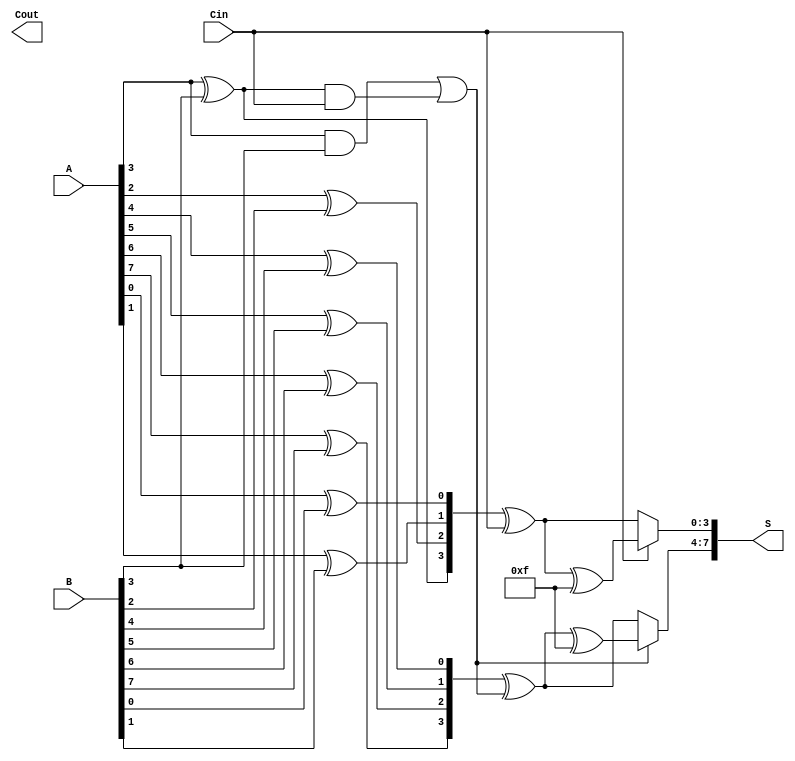
module CSPA #(parameter N = 8, // Total bit width
               parameter BLOCK_SIZE = 4) // Block size
(
    input  [N-1:0] A,    // First operand
    input  [N-1:0] B,    // Second operand
    input         Cin,    // Carry in
    output [N-1:0] S,     // Sum output
    output        Cout     // Carry out
);

    localparam NUM_BLOCKS = N / BLOCK_SIZE; // Number of blocks
    wire [BLOCK_SIZE-1:0] P[NUM_BLOCKS-1:0]; // Propagate signals
    wire [BLOCK_SIZE-1:0] G[NUM_BLOCKS-1:0]; // Generate signals
    wire [NUM_BLOCKS:0] C; // Carry signals

    // Generate P and G for each block
    genvar i, j;
    generate
        for (i = 0; i < NUM_BLOCKS; i = i + 1) begin : blocks
            for (j = 0; j < BLOCK_SIZE; j = j + 1) begin : block_bits
                if (j < BLOCK_SIZE) begin
                    assign P[i][j] = A[BLOCK_SIZE*i + j] ^ B[BLOCK_SIZE*i + j];
                    assign G[i][j] = A[BLOCK_SIZE*i + j] & B[BLOCK_SIZE*i + j];
                end
            end
            // Carry generation for current block
            if (i == 0) begin
                assign C[0] = Cin;
            end else begin
                assign C[i] = G[i-1][BLOCK_SIZE-1] | (P[i-1][BLOCK_SIZE-1] & C[i-1]);
            end
        end
    endgenerate

    // Calculate partial sums based on carry
    wire [BLOCK_SIZE-1:0] S0[NUM_BLOCKS-1:0]; // Sums when Cin = 0
    wire [BLOCK_SIZE-1:0] S1[NUM_BLOCKS-1:0]; // Sums when Cin = 1

    generate
        for (i = 0; i < NUM_BLOCKS; i = i + 1) begin : sum_blocks
            assign S0[i] = P[i] ^ C[i]; // Sum when Cin = 0
            assign S1[i] = S0[i] ^ {BLOCK_SIZE{1'b1}}; // Sum when Cin = 1
        end
    endgenerate

    // Select the correct sum based on carry
    generate
        for (i = 0; i < NUM_BLOCKS; i = i + 1) begin : select_sums
            if (i == 0) begin
                assign S[BLOCK_SIZE*i +: BLOCK_SIZE] = C[i] ? S1[i] : S0[i]; // Select for first block
            end else begin
                assign S[BLOCK_SIZE*i +: BLOCK_SIZE] = C[i] ? S1[i] : S0[i]; // Select for subsequent blocks
            end
        end
    endgenerate

    // Final carry out
    assign Cout = C[NUM_BLOCKS];

endmodule